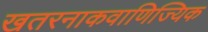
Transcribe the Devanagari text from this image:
खतरनाकवाणिज्यिक